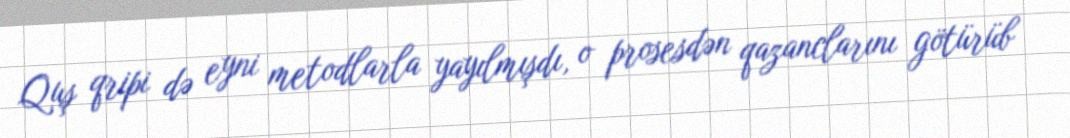
Quş qripi də eyni metodlarla yayılmışdı, o prosesdən qazanclarını götürüb